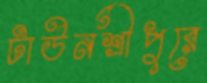
টাউনশ্রীপুরে